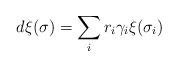
LaTeX: \begin{align*} d\xi(\sigma) = \sum_{i}r_i \gamma_i \xi(\sigma_i) \end{align*}